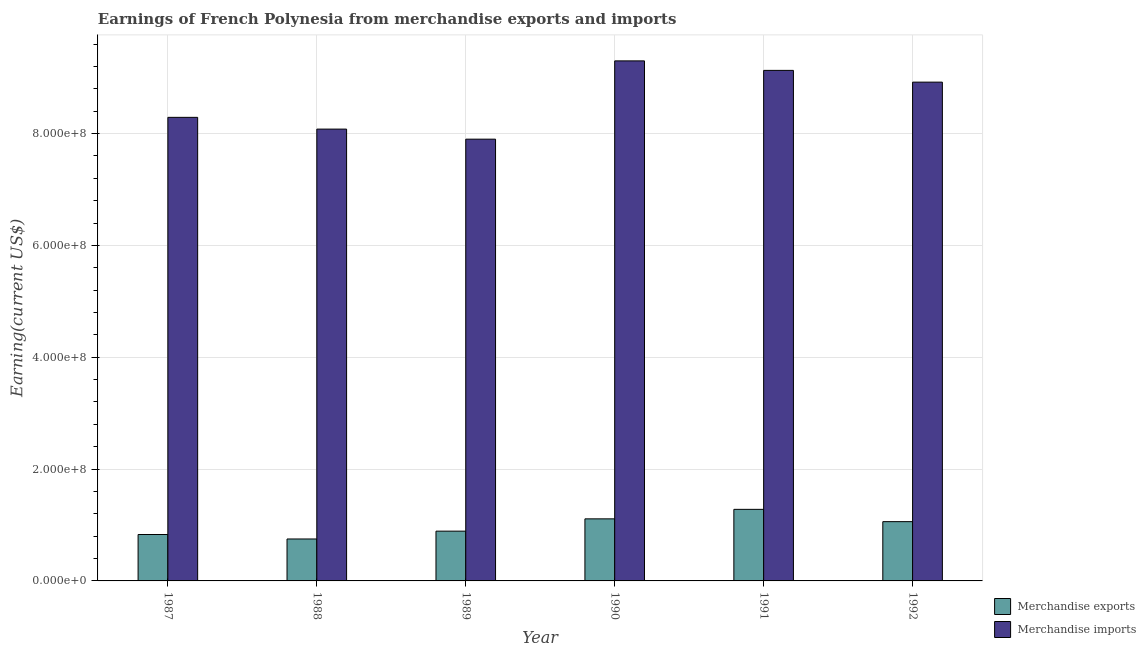
| Year | Merchandise exports | Merchandise imports |
 | --- | --- | --- |
 | 1987 | 8.3e+07 | 8.29e+08 |
 | 1988 | 7.5e+07 | 8.08e+08 |
 | 1989 | 8.9e+07 | 7.9e+08 |
 | 1990 | 1.11e+08 | 9.3e+08 |
 | 1991 | 1.28e+08 | 9.13e+08 |
 | 1992 | 1.06e+08 | 8.92e+08 |